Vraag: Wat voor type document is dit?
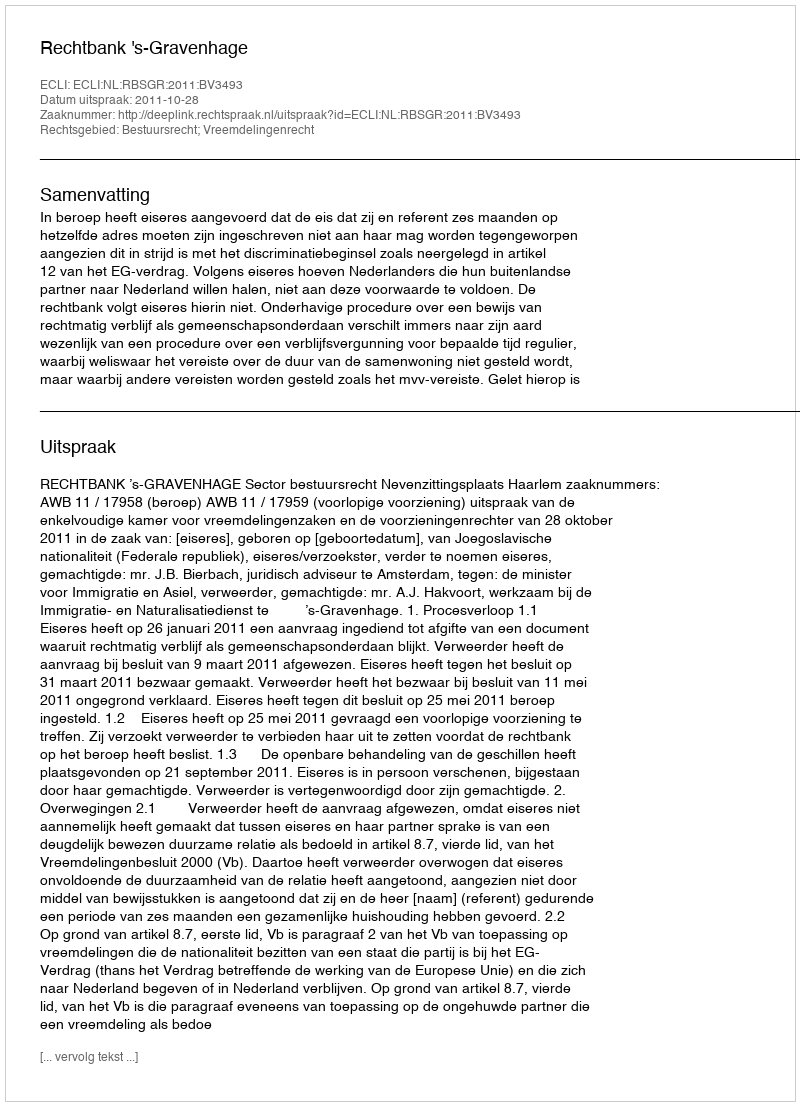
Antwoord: Uitspraak